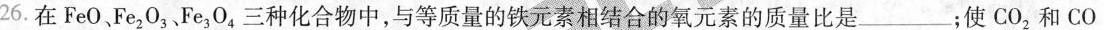
26.在FeO、Fe_{2}O_{3}、Fe_{3}O_{4}三种化合物中，与等质量的铁元素相结合的氧元素的质量比是___；使CO_{2}和CO